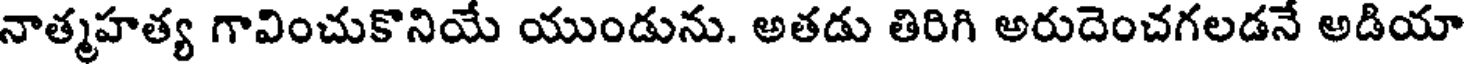
నాత్మహత్య గావించుకొనియే యుండును. అతడు తిరిగి అరుదెంచగలడనే అడియా